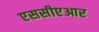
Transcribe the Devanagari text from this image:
एससीएआर